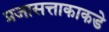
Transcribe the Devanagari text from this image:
प्रजासत्ताकाकडे